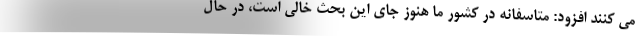
می کنند افزود: متاسفانه در کشور ما هنوز جای این بحث خالی است، در حال